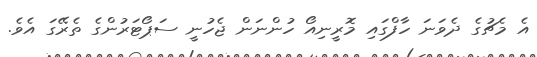
އެ މެޗުގެ ދެވަނަ ހާފްގައި މޮރީނިއޯ ހުންނަން ޖެހުނީ ސަޕޯޓަރުންގެ ތެރޭގަ އެވެ.